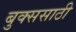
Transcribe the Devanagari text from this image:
बुक्ससाठी